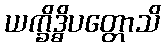
ယက္ခိဒ္ဓိပတ္တောသိ